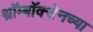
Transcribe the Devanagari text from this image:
थ्रॉम्बॉक्सेनच्या